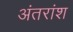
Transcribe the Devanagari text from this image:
अंतरांश